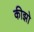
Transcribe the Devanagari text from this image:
कीझो